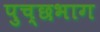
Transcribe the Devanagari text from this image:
पुच्छभाग